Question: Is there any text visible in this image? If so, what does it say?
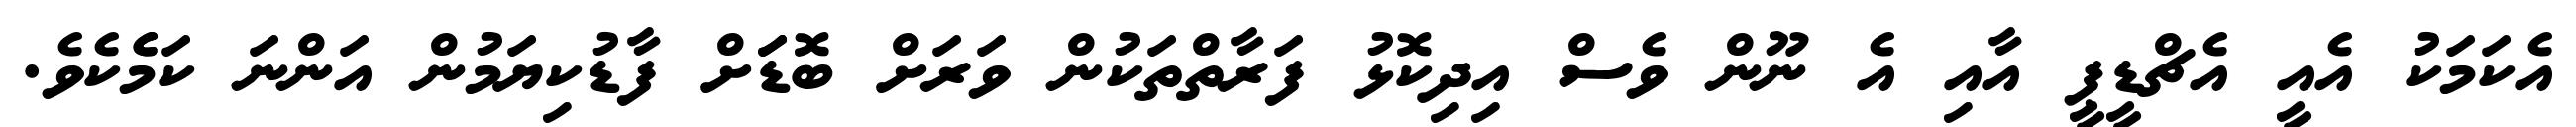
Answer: އެކަމަކު އެއީ އެޗްޑީޕީ އާއި އެ ނޫން ވެސް އިދިކޮޅު ފަރާތްތަކުން ވަރަށް ބޮޑަަށް ފާޑުކިޔަމުން އަންނަ ކަމެެކެވެ.